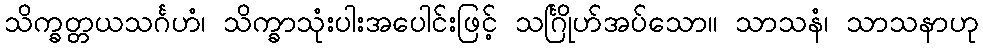
သိက္ခတ္တယသင်္ဂဟံ၊ သိက္ခာသုံးပါးအပေါင်းဖြင့် သင်္ဂြိုဟ်အပ်သော။ သာသနံ၊ သာသနာဟု